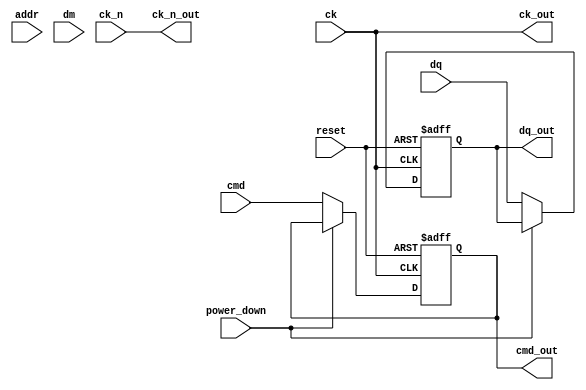
module lpddr_io_block #(
    parameter DATA_WIDTH = 32,  // Data bus width (16, 32, or 64 bits)
    parameter ADDR_WIDTH = 12    // Address width (example)
)(
    // I/O Ports
    input wire [DATA_WIDTH-1:0] dq,          // Data signals
    input wire [ADDR_WIDTH-1:0] addr,        // Address signals
    input wire cmd,                          // Command signals
    input wire ck,                           // Clock signal
    input wire ck_n,                         // Inverted clock signal
    input wire dm,                           // Data mask signals
    output wire [DATA_WIDTH-1:0] dq_out,    // Output data signals
    output wire cmd_out,                     // Output command signals
    output wire ck_out,                      // Output clock signal
    output wire ck_n_out,                    // Output inverted clock signal
    input wire power_down,                   // Power down control
    input wire reset                          // Reset signal
);

    // Internal signals
    reg [DATA_WIDTH-1:0] data_buffer;       // Buffer for data
    reg cmd_buffer;                          // Buffer for command
    reg power_state;                         // Power state register

    // Input Buffer
    always @(posedge ck or posedge reset) begin
        if (reset) begin
            data_buffer <= 0;
            cmd_buffer <= 0;
        end else if (!power_down) begin
            data_buffer <= dq;                // Capture incoming data
            cmd_buffer <= cmd;                // Capture incoming command
        end
    end

    // Output Buffer
    assign dq_out = data_buffer;             // Output data
    assign cmd_out = cmd_buffer;             // Output command

    // Clock Management
    assign ck_out = ck;                       // Direct clock output
    assign ck_n_out = ck_n;                   // Direct inverted clock output

    // Power Management
    always @(posedge ck or posedge reset) begin
        if (reset) begin
            power_state <= 1'b0;              // Active state
        end else if (power_down) begin
            power_state <= 1'b1;              // Power down state
        end else begin
            power_state <= 1'b0;              // Active state
        end
    end

    // Termination Logic (simplified)
    // Here you would implement termination logic for data lines
    // For example, you could use resistors or other techniques to handle signal integrity.

endmodule